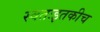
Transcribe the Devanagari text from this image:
स्वतःइतकीच